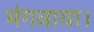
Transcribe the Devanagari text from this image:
मंगवाया।